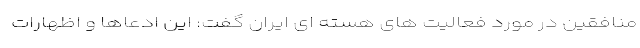
منافقین در مورد فعالیت های هسته ای ایران گفت: این ادعاها و اظهارات